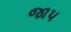
જાપ